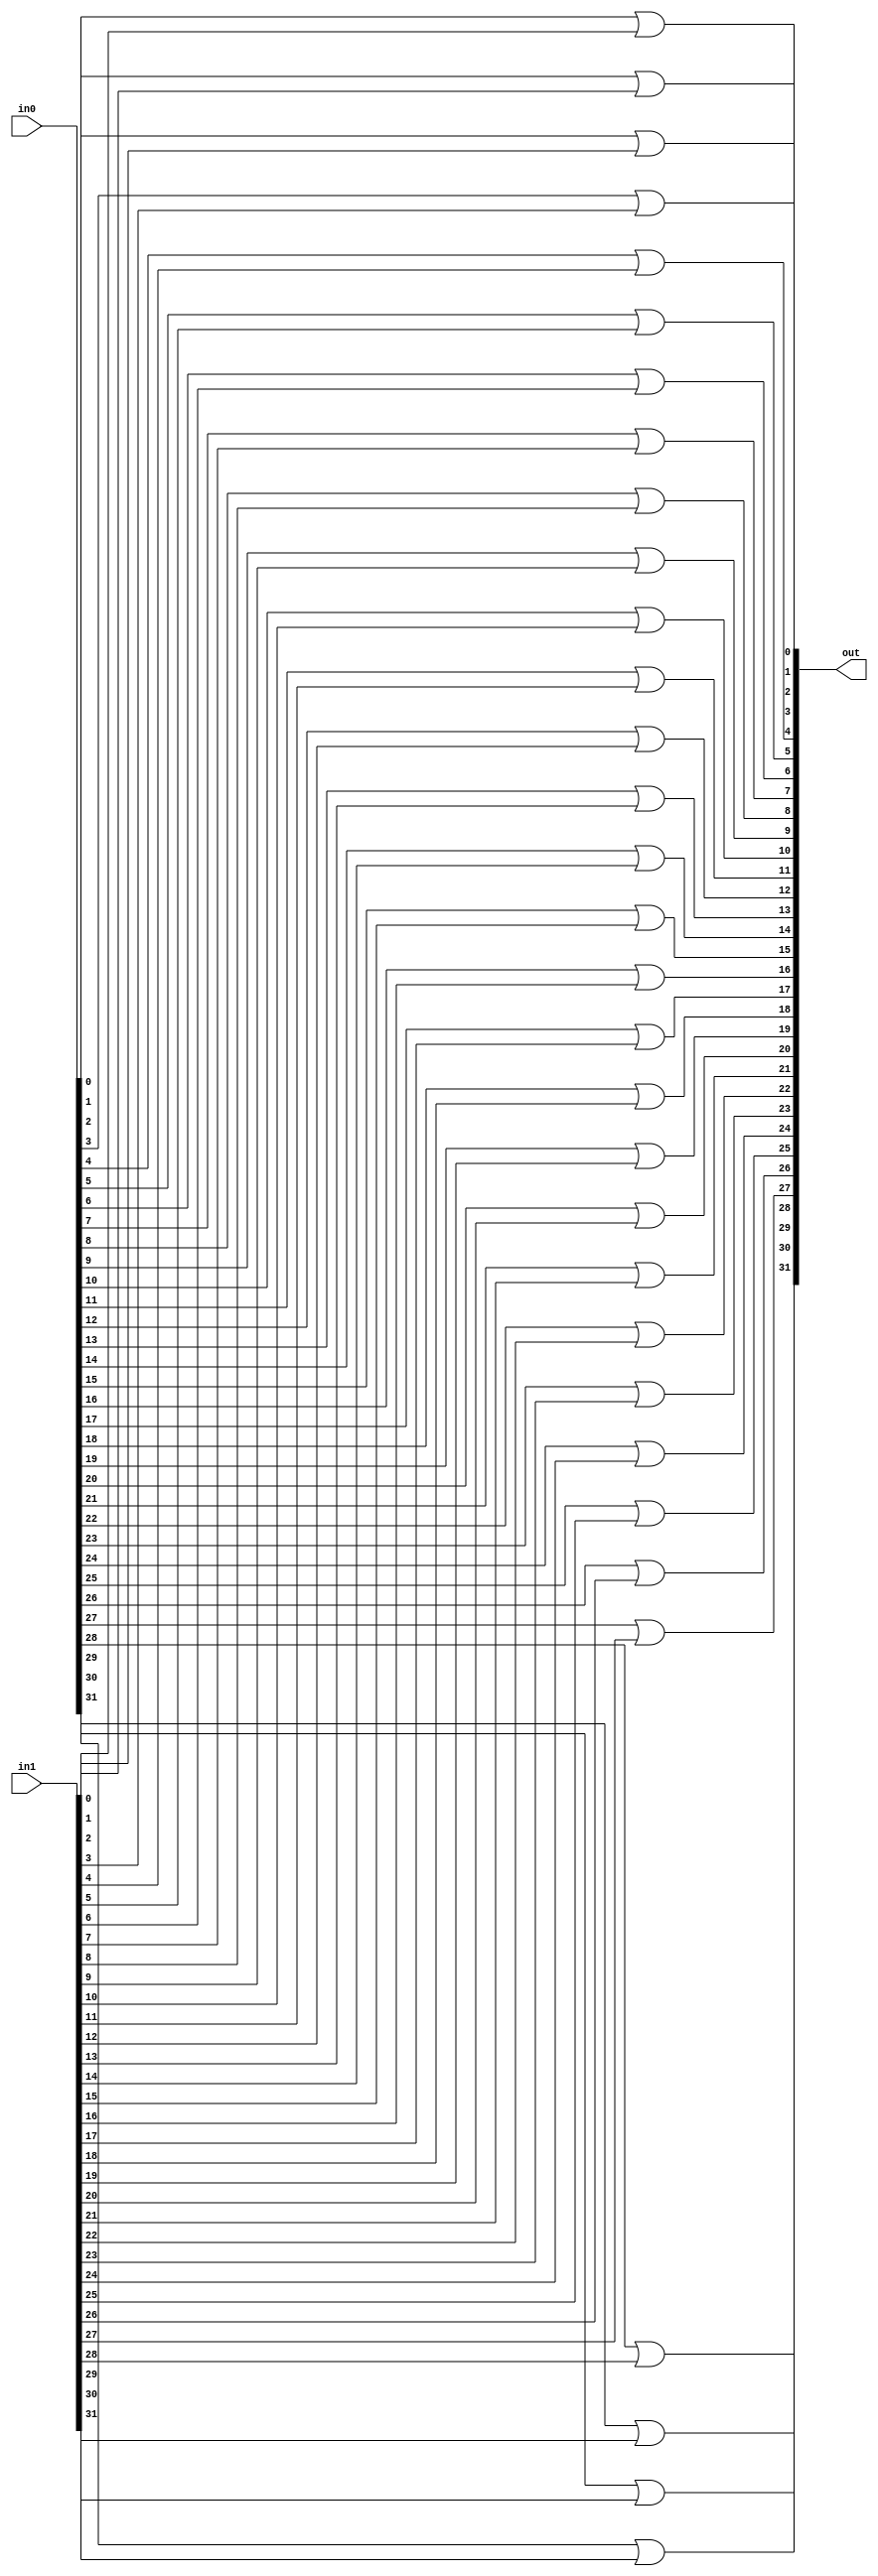
`timescale 1ns / 1ps
//////////////////////////////////////////////////////////////////////////////////
// Company: 
// 
// Design Name: 
// Module Name: or_32bit_bus
// Project Name: 
// Target Devices: 
// Tool Versions: 
// Description: 
// 
// Dependencies: 
// 
// Revision:
// Revision 0.01 - File Created
// Additional Comments:
// 
//////////////////////////////////////////////////////////////////////////////////


module or_32bit_bus(
    output [31:0] out,
    input [31:0] in0,
    input [31:0] in1
    );

    or(out[0], in0[0], in1[0]);
    or(out[1], in0[1], in1[1]);
    or(out[2], in0[2], in1[2]);
    or(out[3], in0[3], in1[3]);
    or(out[4], in0[4], in1[4]);
    or(out[5], in0[5], in1[5]);
    or(out[6], in0[6], in1[6]);
    or(out[7], in0[7], in1[7]);
    or(out[8], in0[8], in1[8]);
    or(out[9], in0[9], in1[9]);
    or(out[10], in0[10], in1[10]);
    or(out[11], in0[11], in1[11]);
    or(out[12], in0[12], in1[12]);
    or(out[13], in0[13], in1[13]);
    or(out[14], in0[14], in1[14]);
    or(out[15], in0[15], in1[15]);
    or(out[16], in0[16], in1[16]);
    or(out[17], in0[17], in1[17]);
    or(out[18], in0[18], in1[18]);
    or(out[19], in0[19], in1[19]);
    or(out[20], in0[20], in1[20]);
    or(out[21], in0[21], in1[21]);
    or(out[22], in0[22], in1[22]);
    or(out[23], in0[23], in1[23]);
    or(out[24], in0[24], in1[24]);
    or(out[25], in0[25], in1[25]);
    or(out[26], in0[26], in1[26]);
    or(out[27], in0[27], in1[27]);
    or(out[28], in0[28], in1[28]);
    or(out[29], in0[29], in1[29]);
    or(out[30], in0[30], in1[30]);
    or(out[31], in0[31], in1[31]);

endmodule